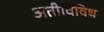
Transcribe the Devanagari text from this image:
अतीविविध